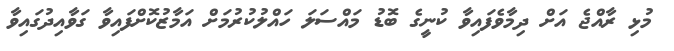
މުޅި ރާއްޖެ އަށް ދިމާވެފައިވާ ކުނީގެ ބޮޑު މައްސަލަ ހައްލުކުރުމަށް އަމާޒުކޮށްފައިވާ ގަވާއިދުގައިވާ